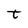
Character: t